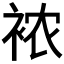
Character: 𰳺